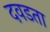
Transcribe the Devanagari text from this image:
दवडता